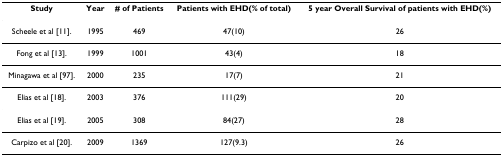
<table><thead><tr><td><b>Study</b></td><td><b>Year</b></td><td><b># of Patients</b></td><td><b>Patients with EHD(% of total)</b></td><td><b>5 year Overall Survival of patients with EHD(%)</b></td></tr></thead><tbody><tr><td>Scheele et al [11].</td><td>1995</td><td>469</td><td>47(10)</td><td>26</td></tr><tr><td>Fong et al [13].</td><td>1999</td><td>1001</td><td>43(4)</td><td>18</td></tr><tr><td>Minagawa et al [97].</td><td>2000</td><td>235</td><td>17(7)</td><td>21</td></tr><tr><td>Elias et al [18].</td><td>2003</td><td>376</td><td>111(29)</td><td>20</td></tr><tr><td>Elias et al [19].</td><td>2005</td><td>308</td><td>84(27)</td><td>28</td></tr><tr><td>Carpizo et al [20].</td><td>2009</td><td>1369</td><td>127(9.3)</td><td>26</td></tr></tbody></table>